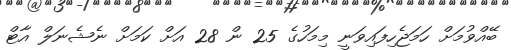
ބޭއްވުމަށް ހަމަޖެހިފައިވަނީ މިމަހުގެ 25 ން 28 އަށް ކަމަށް ނެޝެނަލް އާޓް